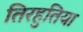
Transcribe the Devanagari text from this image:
तिरहुतिया